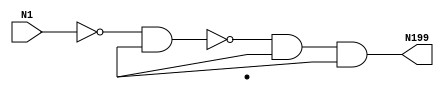
module singlepath (N1, N199);
input N1;
output N199;
wire N154, N118, Vcc, gnd;
not NOT1_1(N118, N1);
nand NAND2_19(N154, N118, Vcc);
and AND9_46(N199, N154, Vcc, Vcc);

endmodule